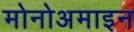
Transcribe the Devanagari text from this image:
मोनोअमाइन